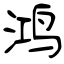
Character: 鸿